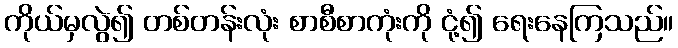
ကိုယ်မှလွဲ၍ တစ်တန်းလုံး စာစီစာကုံးကို ငုံ့၍ ရေးနေကြသည်။